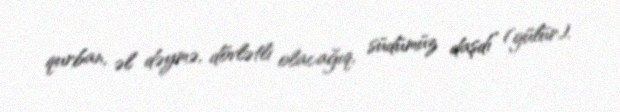
qurban, əl dəymə, dövlətli olacağıq, südümüz daşdı” (gülür).